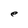
Character: e